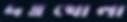
দত্তখোলা